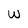
Character: W